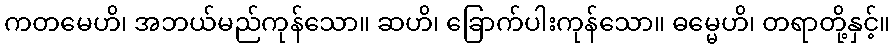
ကတမေဟိ၊ အဘယ်မည်ကုန်သော။ ဆဟိ၊ ခြောက်ပါးကုန်သော။ ဓမ္မေဟိ၊ တရာတို့နှင့်။